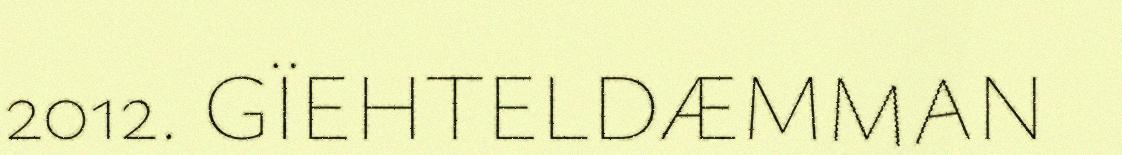
2012. GÏEHTELDÆMMAN